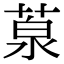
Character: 葲